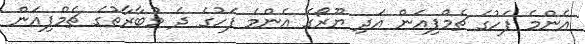
އެންމެ ފަހުގެ ޗެމްޕިއަން އަދި ޔޫރޯގެ އެންމެ ފަހުގެ ދެ މުބާރާތުގެ ޗެމްޕިއަން